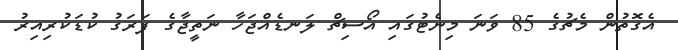
އެގޮތުން މެޗުގެ 85 ވަނަ މިނެޓުގައި އޯސިޗް ލަނޑެއްޖަހާ ނަތީޖާގެ ފަރަގު ކުޑަކުރިއިރު